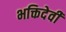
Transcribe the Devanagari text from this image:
भक्तिदेवी